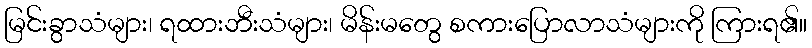
မြင်းခွာသံများ၊ ရထားဘီးသံများ၊ မိန်းမတွေ စကားပြောလာသံများကို ကြားရ၏။